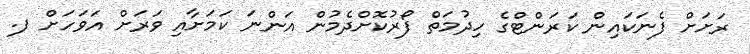
ރަށަށް ފެނަކައިން ކަރަންޓްގެ ހިދުމަތް ފޯރުކޮށްދެމުން އަންނަ ކަމަށާއި ވަރަށް އަވަހަށް ފ.